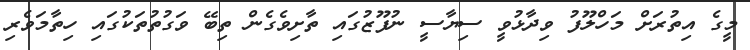
މީގެ އިތުރަށް މަހްލޫފު ވިދާޅުވީ ސިޔާސީ ނުފޫޒުގައި ތާށިވެގެން ތިބޭ ވަގުތުތަކުގައި ހިތާމަވެރި